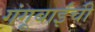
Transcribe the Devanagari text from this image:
गंगूबाईंची